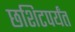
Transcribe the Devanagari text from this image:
छशिटपर्यंत